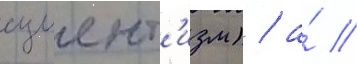
сциент'изм) / а́ //